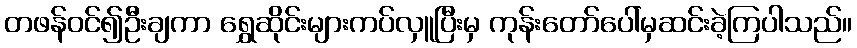
တဖန်ဝင်၍ဦးချကာ ရွှေဆိုင်းများကပ်လှူပြီးမှ ကုန်းတော်ပေါ်မှဆင်းခဲ့ကြပါသည်။